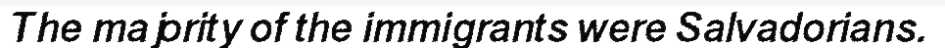
The majority of the immigrants were Salvadorians.